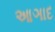
આઞાદ